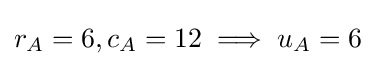
r_{A}=6,c_{A}=12\implies u_{A}=6